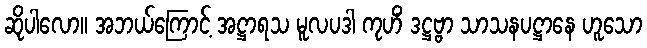
ဆိုပါလော။ အဘယ်ကြောင့် အဋ္ဌာရသ မူလပဒါ ကုဟိံ ဒဋ္ဌဗ္ဗာ သာသနပဋ္ဌာနေ ဟူသော